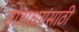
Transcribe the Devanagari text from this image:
जोडाक्षरांसाठी